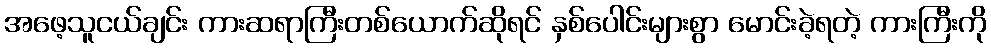
အဖေ့သူငယ်ချင်း ကားဆရာကြီးတစ်ယောက်ဆိုရင် နှစ်ပေါင်းများစွာ မောင်းခဲ့ရတဲ့ ကားကြီးကို